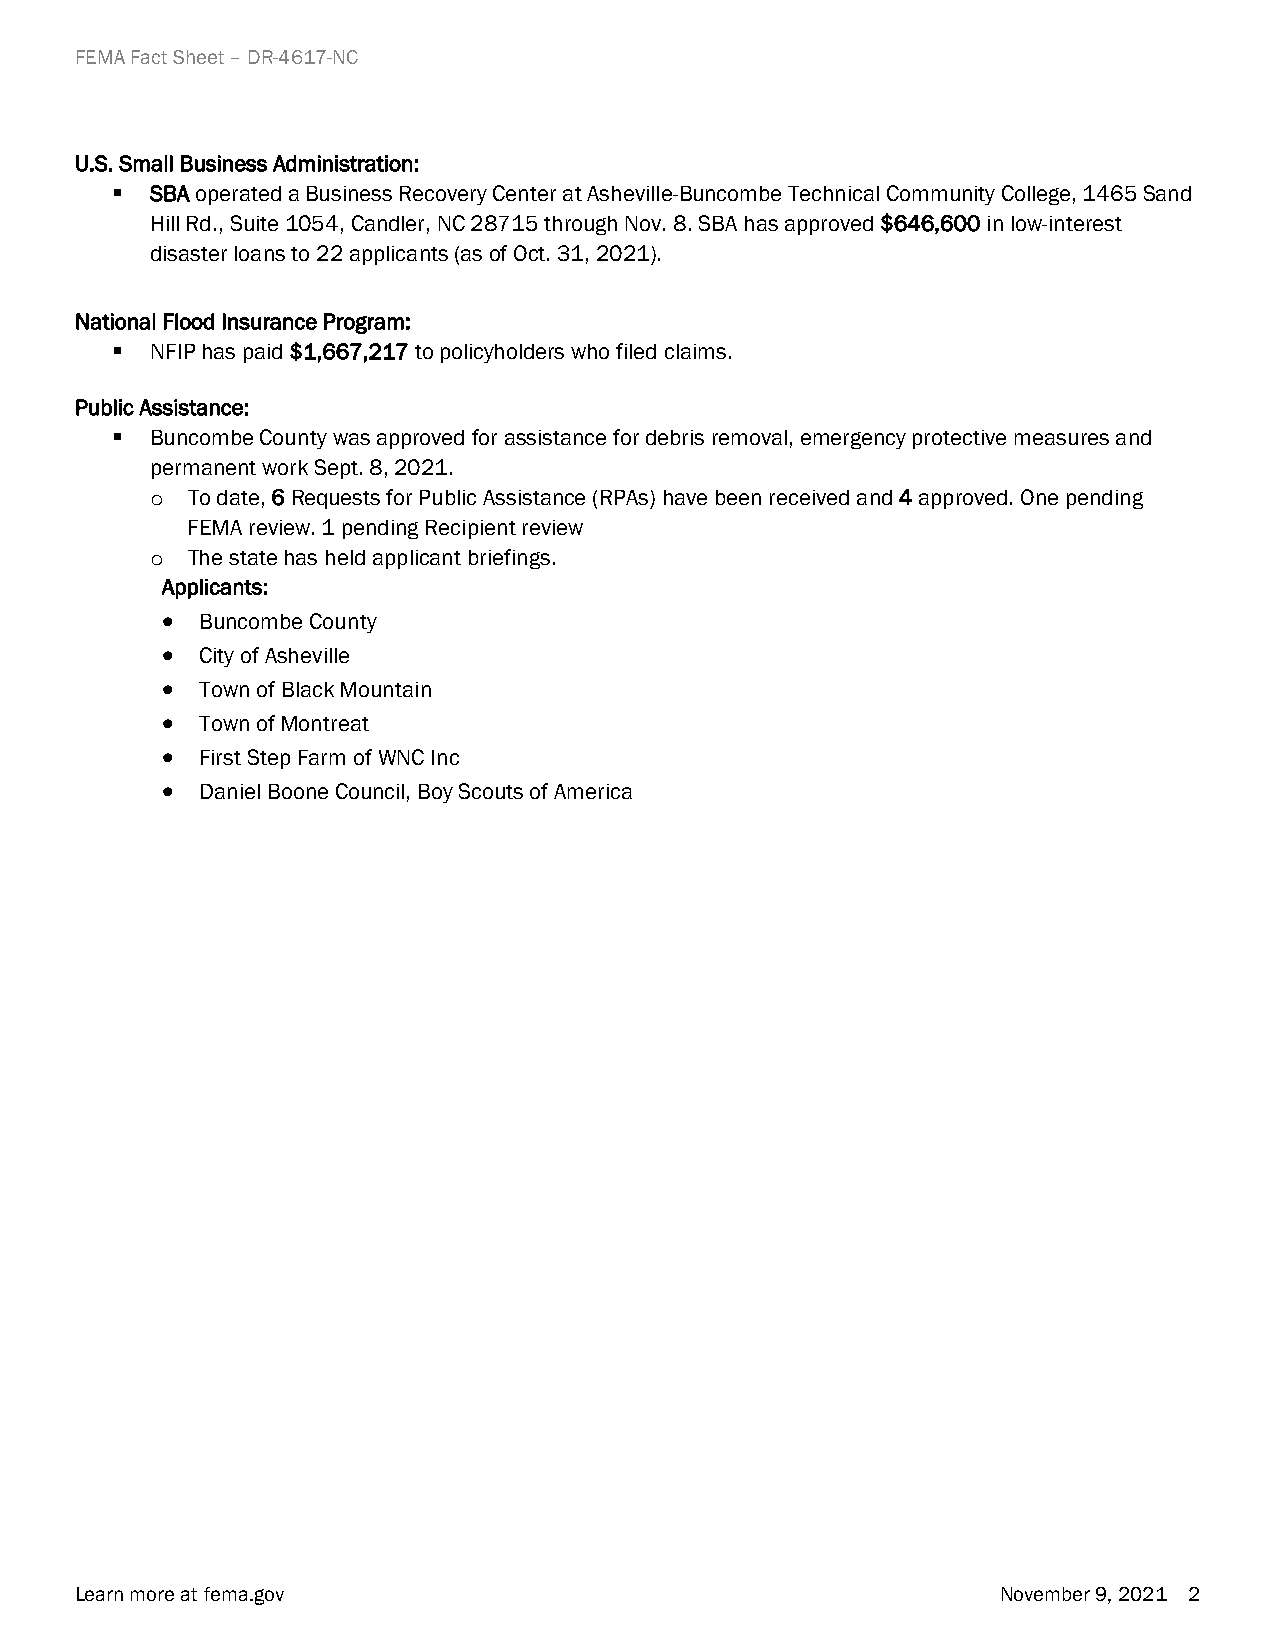
FEMA Fact Sheet – DR-4617-NC
 U.S. Small Business Administration:
   SBA operated a Business Recovery Center at Asheville-Buncombe Technical Community College, 1465 Sand
 Hill Rd., Suite 1054, Candler, NC 28715 through Nov. 8. SBA has approved $646,600 in low-interest
 disaster loans to 22 applicants (as of Oct. 31, 2021).
 National Flood Insurance Program:
   NFIP has paid $1,667,217 to policyholders who filed claims.
 Public Assistance:
   Buncombe County was approved for assistance for debris removal, emergency protective measures and
 permanent work Sept. 8, 2021.
 To date, 6 Requests for Public Assistance (RPAs) have been received and 4 approved. One pending
 o
 FEMA review. 1 pending Recipient review
 The state has held applicant briefings.
 o
 Applicants:
 • Buncombe County
 • City of Asheville
 • Town of Black Mountain
 • Town of Montreat
 • First Step Farm of WNC Inc
 • Daniel Boone Council, Boy Scouts of America
 Learn more at fema.gov                                       November 9, 2021 2